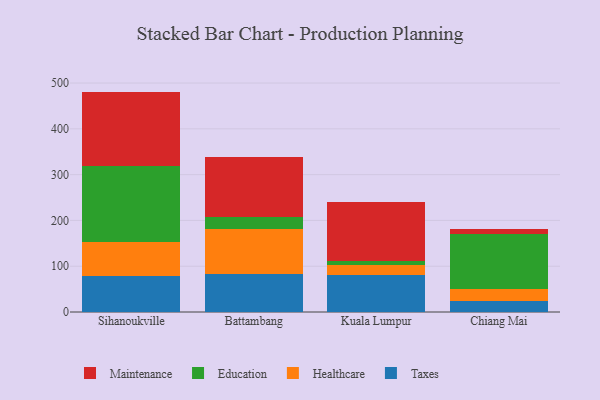
{"axis": {"x": "City", "y": "Inventory Turnover"}, "legend": ["Education", "Healthcare", "Maintenance", "Taxes"], "data": [{"x": "Sihanoukville", "y": 78.0, "type": "Taxes"}, {"x": "Sihanoukville", "y": 74.4, "type": "Healthcare"}, {"x": "Sihanoukville", "y": 166.6, "type": "Education"}, {"x": "Sihanoukville", "y": 162.3, "type": "Maintenance"}, {"x": "Battambang", "y": 82.1, "type": "Taxes"}, {"x": "Battambang", "y": 99.9, "type": "Healthcare"}, {"x": "Battambang", "y": 24.9, "type": "Education"}, {"x": "Battambang", "y": 131.6, "type": "Maintenance"}, {"x": "Kuala Lumpur", "y": 80.4, "type": "Taxes"}, {"x": "Kuala Lumpur", "y": 21.7, "type": "Healthcare"}, {"x": "Kuala Lumpur", "y": 10.2, "type": "Education"}, {"x": "Kuala Lumpur", "y": 128.4, "type": "Maintenance"}, {"x": "Chiang Mai", "y": 23.6, "type": "Taxes"}, {"x": "Chiang Mai", "y": 26.1, "type": "Healthcare"}, {"x": "Chiang Mai", "y": 120.5, "type": "Education"}, {"x": "Chiang Mai", "y": 11.1, "type": "Maintenance"}]}